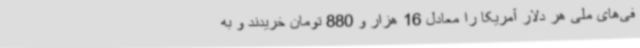
فی‌های ملی هر دلار آمریکا را معادل 16 هزار و 880 تومان خریدند و به